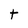
Character: t